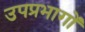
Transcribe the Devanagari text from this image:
उपप्रभागों